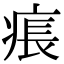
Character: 痮